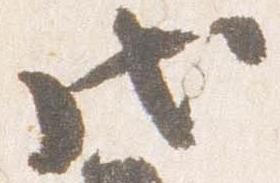
戊